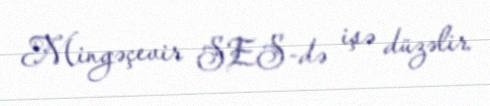
Mingəçevir SES-də işə düzəlir.